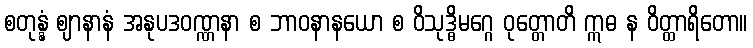
စတုန္နံ ဈာနာနံ အနုပဒဝဏ္ဏနာ စ ဘာဝနာနယော စ ဝိသုဒ္ဓိမဂ္ဂေ ဝုတ္တောတိ ဣဓ န ဝိတ္ထာရိတော။